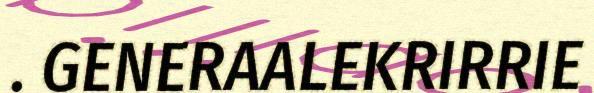
. GENERAALEKRIRRIE